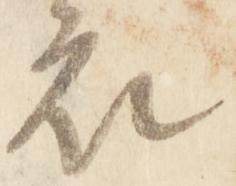
衣